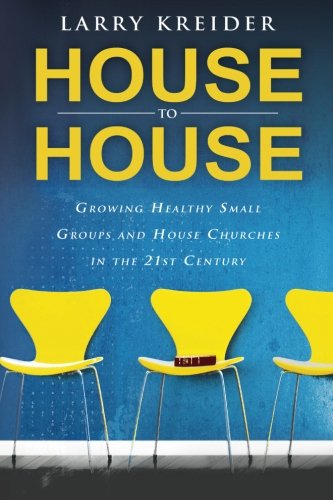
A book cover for House to House: Growing Healthy Small Groups and House Churches in the 21st Century; Larry Kreider; Religion & Spirituality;